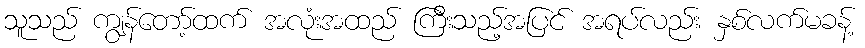
သူသည် ကျွန်တော့်ထက် အလုံးအထည် ကြီးသည့်အပြင် အရပ်လည်း နှစ်လက်မခန့်